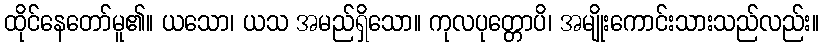
ထိုင်နေတော်မူ၏။ ယသော၊ ယသ အမည်ရှိသော။ ကုလပုတ္တောပိ၊ အမျိုးကောင်းသားသည်လည်း။